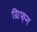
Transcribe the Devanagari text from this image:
ग्रिफ़न